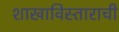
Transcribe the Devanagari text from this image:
शाखाविस्ताराची